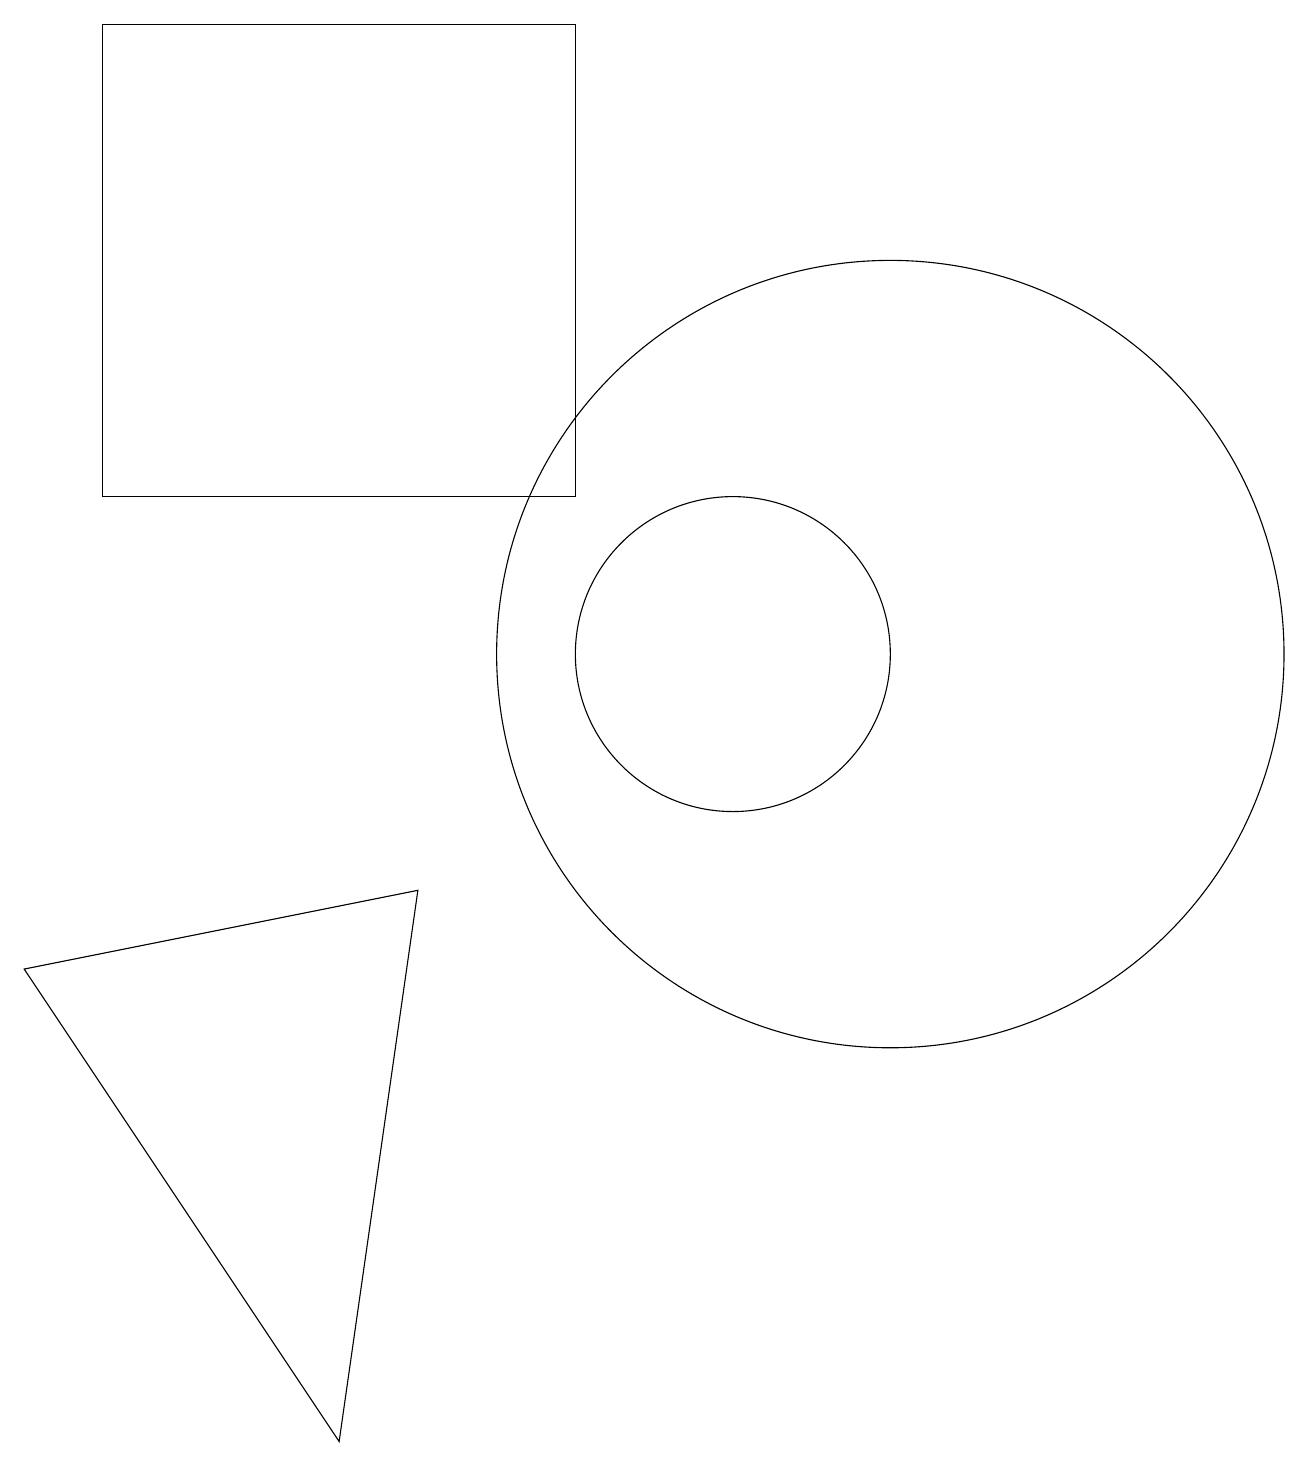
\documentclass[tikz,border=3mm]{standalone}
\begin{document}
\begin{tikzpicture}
\draw (2,18) rectangle (8,12);
\draw (5,0) -- (6,7) -- (1,6) -- cycle;
\draw (12,10) circle (5);
\draw (10,10) circle (2);
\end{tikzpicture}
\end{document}